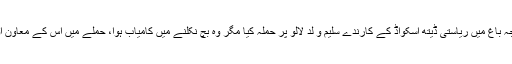
گہرام بلوچ نے کہا کہ 13 اکتوبر کی رات جھاؤ واجہ باغ میں ریاستی ڈیتھ اسکواڈ کے کارندے سلیم و لد لالو پر حملہ کیا مگر وہ بچ نکلنے میں کامیاب ہوا، حملے میں اُس کے معاون اور ہمنوا کے ہلاک اور زخمی ہونے کی اطلاع ہے۔